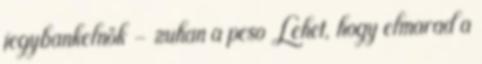
jegybankelnök - zuhan a peso Lehet, hogy elmarad a